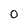
Character: 0